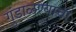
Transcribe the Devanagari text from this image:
गुंडाळण्याचा